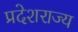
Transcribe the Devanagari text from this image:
प्रदेशराज्य